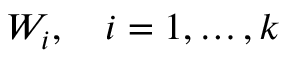
W _ { i } , \quad i = 1 , \dots , k